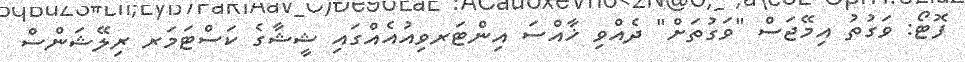
ފޮޓޯ: ވަގުތު އިމޭޖަސް "ވަގުތަށް" ދެއްވި ޚާއްސަ އިންޓަރވިއުއެއްގައި ޝީޝާގެ ކަސްޓަމަރ ރިލޭޝަންސް